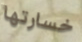
خسارتها